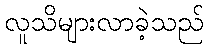
လူသိများလာခဲ့သည်